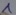
Text: 1